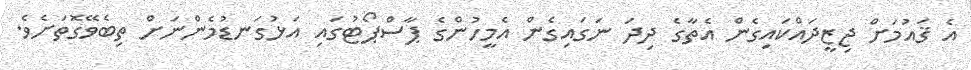
އެ ޤައުމަށް ޖިޒީދައްކައިގެން އެތާގެ ދިދަ ނަގައިގެން އެމީހުންގެ ޕާސްޕޯޓުގައި އަޅުގަނޑުމެންނަށް ތިބެވޭގޮތަށެވެ.